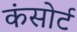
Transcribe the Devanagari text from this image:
कंसोर्ट